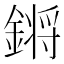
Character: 𨪙